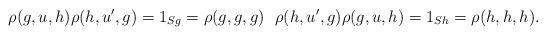
LaTeX: \begin{align*}\rho(g,u,h)\rho(h,u',g)=1_{Sg}=\rho(g,g,g)\ \ \rho(h,u',g)\rho(g,u,h)=1_{Sh}=\rho(h,h,h).\end{align*}